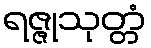
ရဇ္ဇုသုတ္တံ